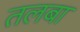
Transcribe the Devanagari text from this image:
तलबा